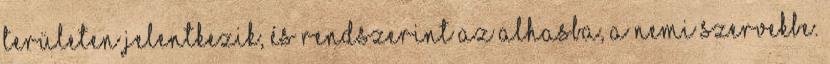
területen jelentkezik, és rendszerint az alhasba, a nemi szervekbe.